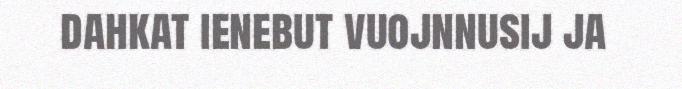
dahkat ienebut vuojnnusij ja